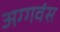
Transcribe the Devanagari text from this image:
अग्गवंस